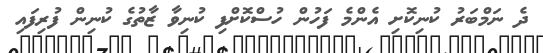
ދެ ނަމްބަރު ކުނިކޮށި އެންމެ ފަހުން ހުސްކޮށްފި ކުނިވާ ޒާތުގެ ކުނިން ފުރިފައި